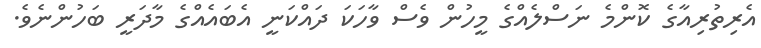
އެރިތުރިއާގެ ކޮންމެ ނަސްލެއްގެ މީހުން ވެސް ވާހަކަ ދައްކަނީ އެބައެއްގެ މާދަރީ ބަހުންނެވެ.